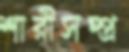
শারীসম্প্র